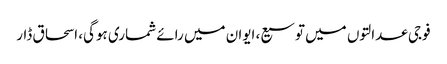
فوجی عدالتوں میں‌ توسیع، ایوان میں رائے شماری ہوگی، اسحاق ڈار